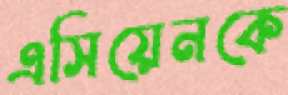
এসিয়েনকে